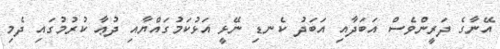
އޭނާގެ ދަރީންވެސް އަބަދާއި އަބަދު ކެނޑި ނޭޅީ އަޅުކަމުގައްޔާއި ދުޢާ ކުރުމުގައި ދެމި